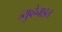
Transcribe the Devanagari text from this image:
ज्युव्हेनाइल